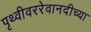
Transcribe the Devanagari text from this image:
पृथ्वीवररेवानदीच्या